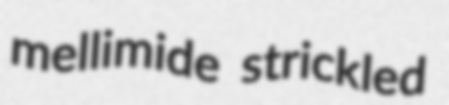
mellimide strickled